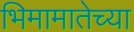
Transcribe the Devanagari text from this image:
भिमामातेच्या